Vaccination in Burma 1900-1911 - 1900-1911
Year: 1900
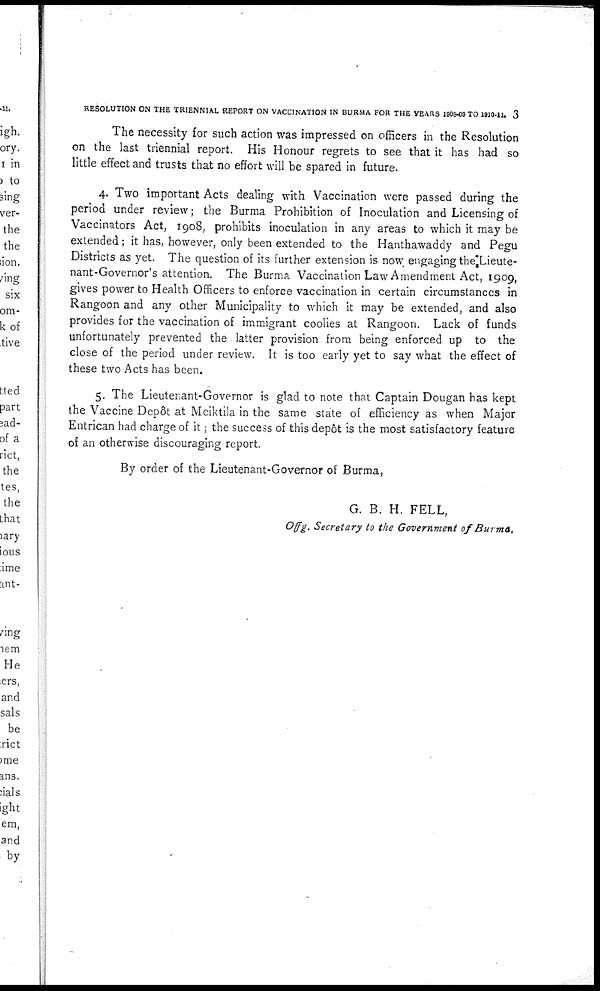
RESOLUTION ON THE TRIENNIAL REPORT ON VACCINATION IN BURMA FOR THE YEARS 1908-09 TO 1910-11. 3
The necessity for such action was impressed on officers in the Resolution
on the last triennial report. His Honour regrets to see that it has had so
little effect and trusts that no effort will be spared in future.
4. Two important Acts dealing with Vaccination were passed during the
period under review; the Burma Prohibition of Inoculation and Licensing of
Vaccinators Act, 1908, prohibits inoculation in any areas to which it may be
extended; it has, however, only been extended to the Hanthawaddy and Pegu
Districts as yet. The question of its further extension is now engaging the Lieute-
nant-Governor's attention. The Burma Vaccination Law Amendment Act, 1909,
gives power to Health Officers to enforce vaccination in certain circumstances in
Rangoon and any other Municipality to which it may be extended, and also
provides for the vaccination of immigrant coolies at Rangoon. Lack of funds
unfortunately prevented the latter provision from being enforced up to the
close of the period under review. It is too early yet to say what the effect of
these two Acts has been.
5. The Lieutenant-Governor is glad to note that Captain Dougan has kept
the Vaccine Depôt at Meiktila in the same state of efficiency as when Major
Entrican had charge of it; the success of this depôt is the most satisfactory feature
of an otherwise discouraging report.
By order of the Lieutenant-Governor of Burma,
G. B. H. FELL,
Offg. Secretary to the Government of Burma.